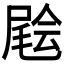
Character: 𡳃